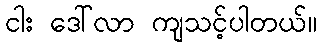
ငါး ဒေါ်လာ ကျသင့်ပါတယ်။